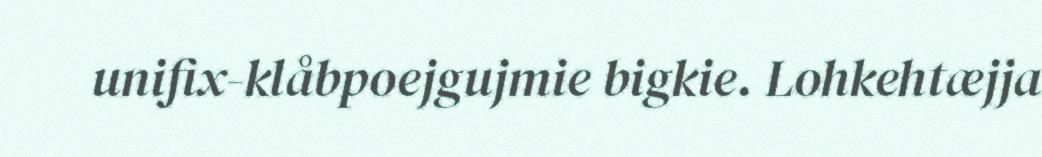
unifix-klåbpoejgujmie bigkie. Lohkehtæjja